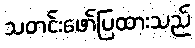
သတင်းဖော်ပြထားသည်